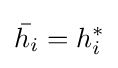
{\bar {h_{i}}}=h_{i}^{*}